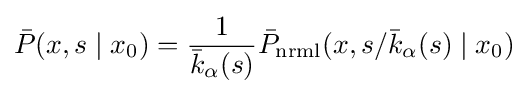
{\bar {P}}(x,s\mid x_{0})={\frac {1}{{\bar {k}}_{\alpha }(s)}}{\bar {P}}_{\text{nrml}}(x,s/{\bar {k}}_{\alpha }(s)\mid x_{0})